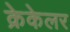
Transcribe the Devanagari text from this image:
क्रेकेलर